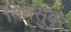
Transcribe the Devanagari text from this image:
निनसुबुर